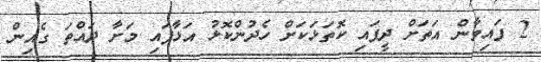
2 ފައިވާން އަތަށް ދީފައި ކޮތަޅަކަށް ހެދުންކޮޅު އަޅާފައި މަށާ ދައްތަ ގެއިން